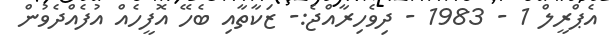
އެޕްރީލް 1 - 1983 - ދިވެހިރާއްޖެ:- ޒަކާތާއި ބެހޭ އޮފީހެއް އުފެއްދެވުން